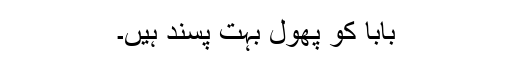
بابا کو پھول بہت پسند ہیں۔